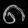
Digit: ၈